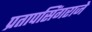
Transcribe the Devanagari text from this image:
प्रतापसिंगराजे